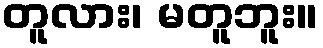
တူလား၊ မတူဘူး။